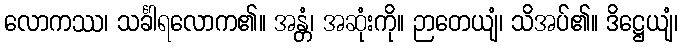
လောကဿ၊ သင်္ခါရလောက၏။ အန္တံ၊ အဆုံးကို။ ဉာတေယျံ၊ သိအပ်၏။ ဒိဋ္ဌေယျံ၊